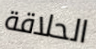
الحلاقة